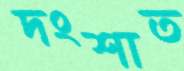
দংশাত